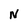
Character: N